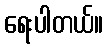
ရေးပါတယ်။